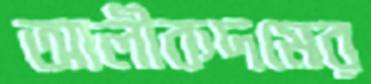
আলীকদমের